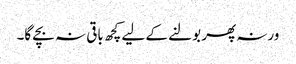
ورنہ پھر بولنے کے لیے کچھ باقی نہ بچے گا۔